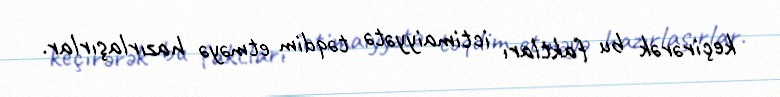
keçirərək bu faktları ictimaiyyətə təqdim etməyə hazırlaşırlar.